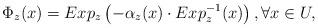
LaTeX: \begin{align*}\Phi_z(x)=Exp_z\left(- \alpha_z(x) \cdot Exp^{-1}_z(x)\right), \forall x \in U,\end{align*}